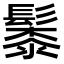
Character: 䰍